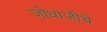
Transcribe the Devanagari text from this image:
जोधाजीचे